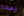
لماذا